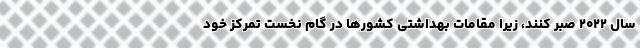
سال ۲۰۲۲ صبر کنند، زیرا مقامات بهداشتی کشور‌ها در گام نخست تمرکز خود